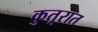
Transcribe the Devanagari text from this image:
कुतूरात